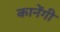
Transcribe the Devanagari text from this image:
कानेंगी